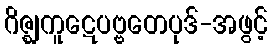
ဂိဇ္ဈကူဋေပဗ္ဗတေပုဒ်-အဖွင့်